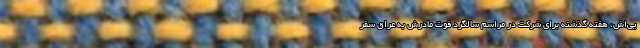
یی‌اش، هفته گذشته برای شرکت در مراسم سالگرد فوت مادرش به عراق سفر